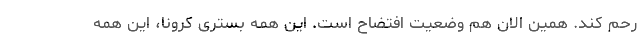
رحم کند. همین الان هم وضعیت افتضاح است. این همه بستری کرونا، این همه